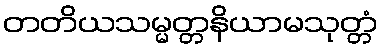
တတိယသမ္မတ္တနိယာမသုတ္တံ